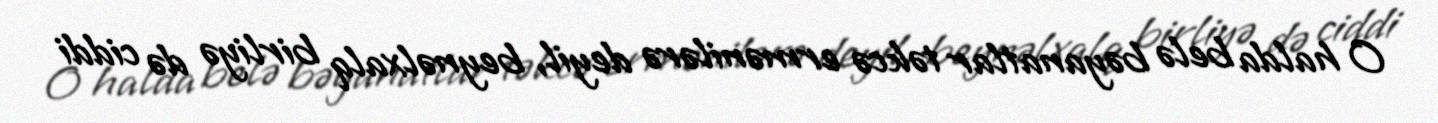
O halda belə bəyanatlar təkcə ermənilərə deyil, beynəlxalq birliyə də ciddi